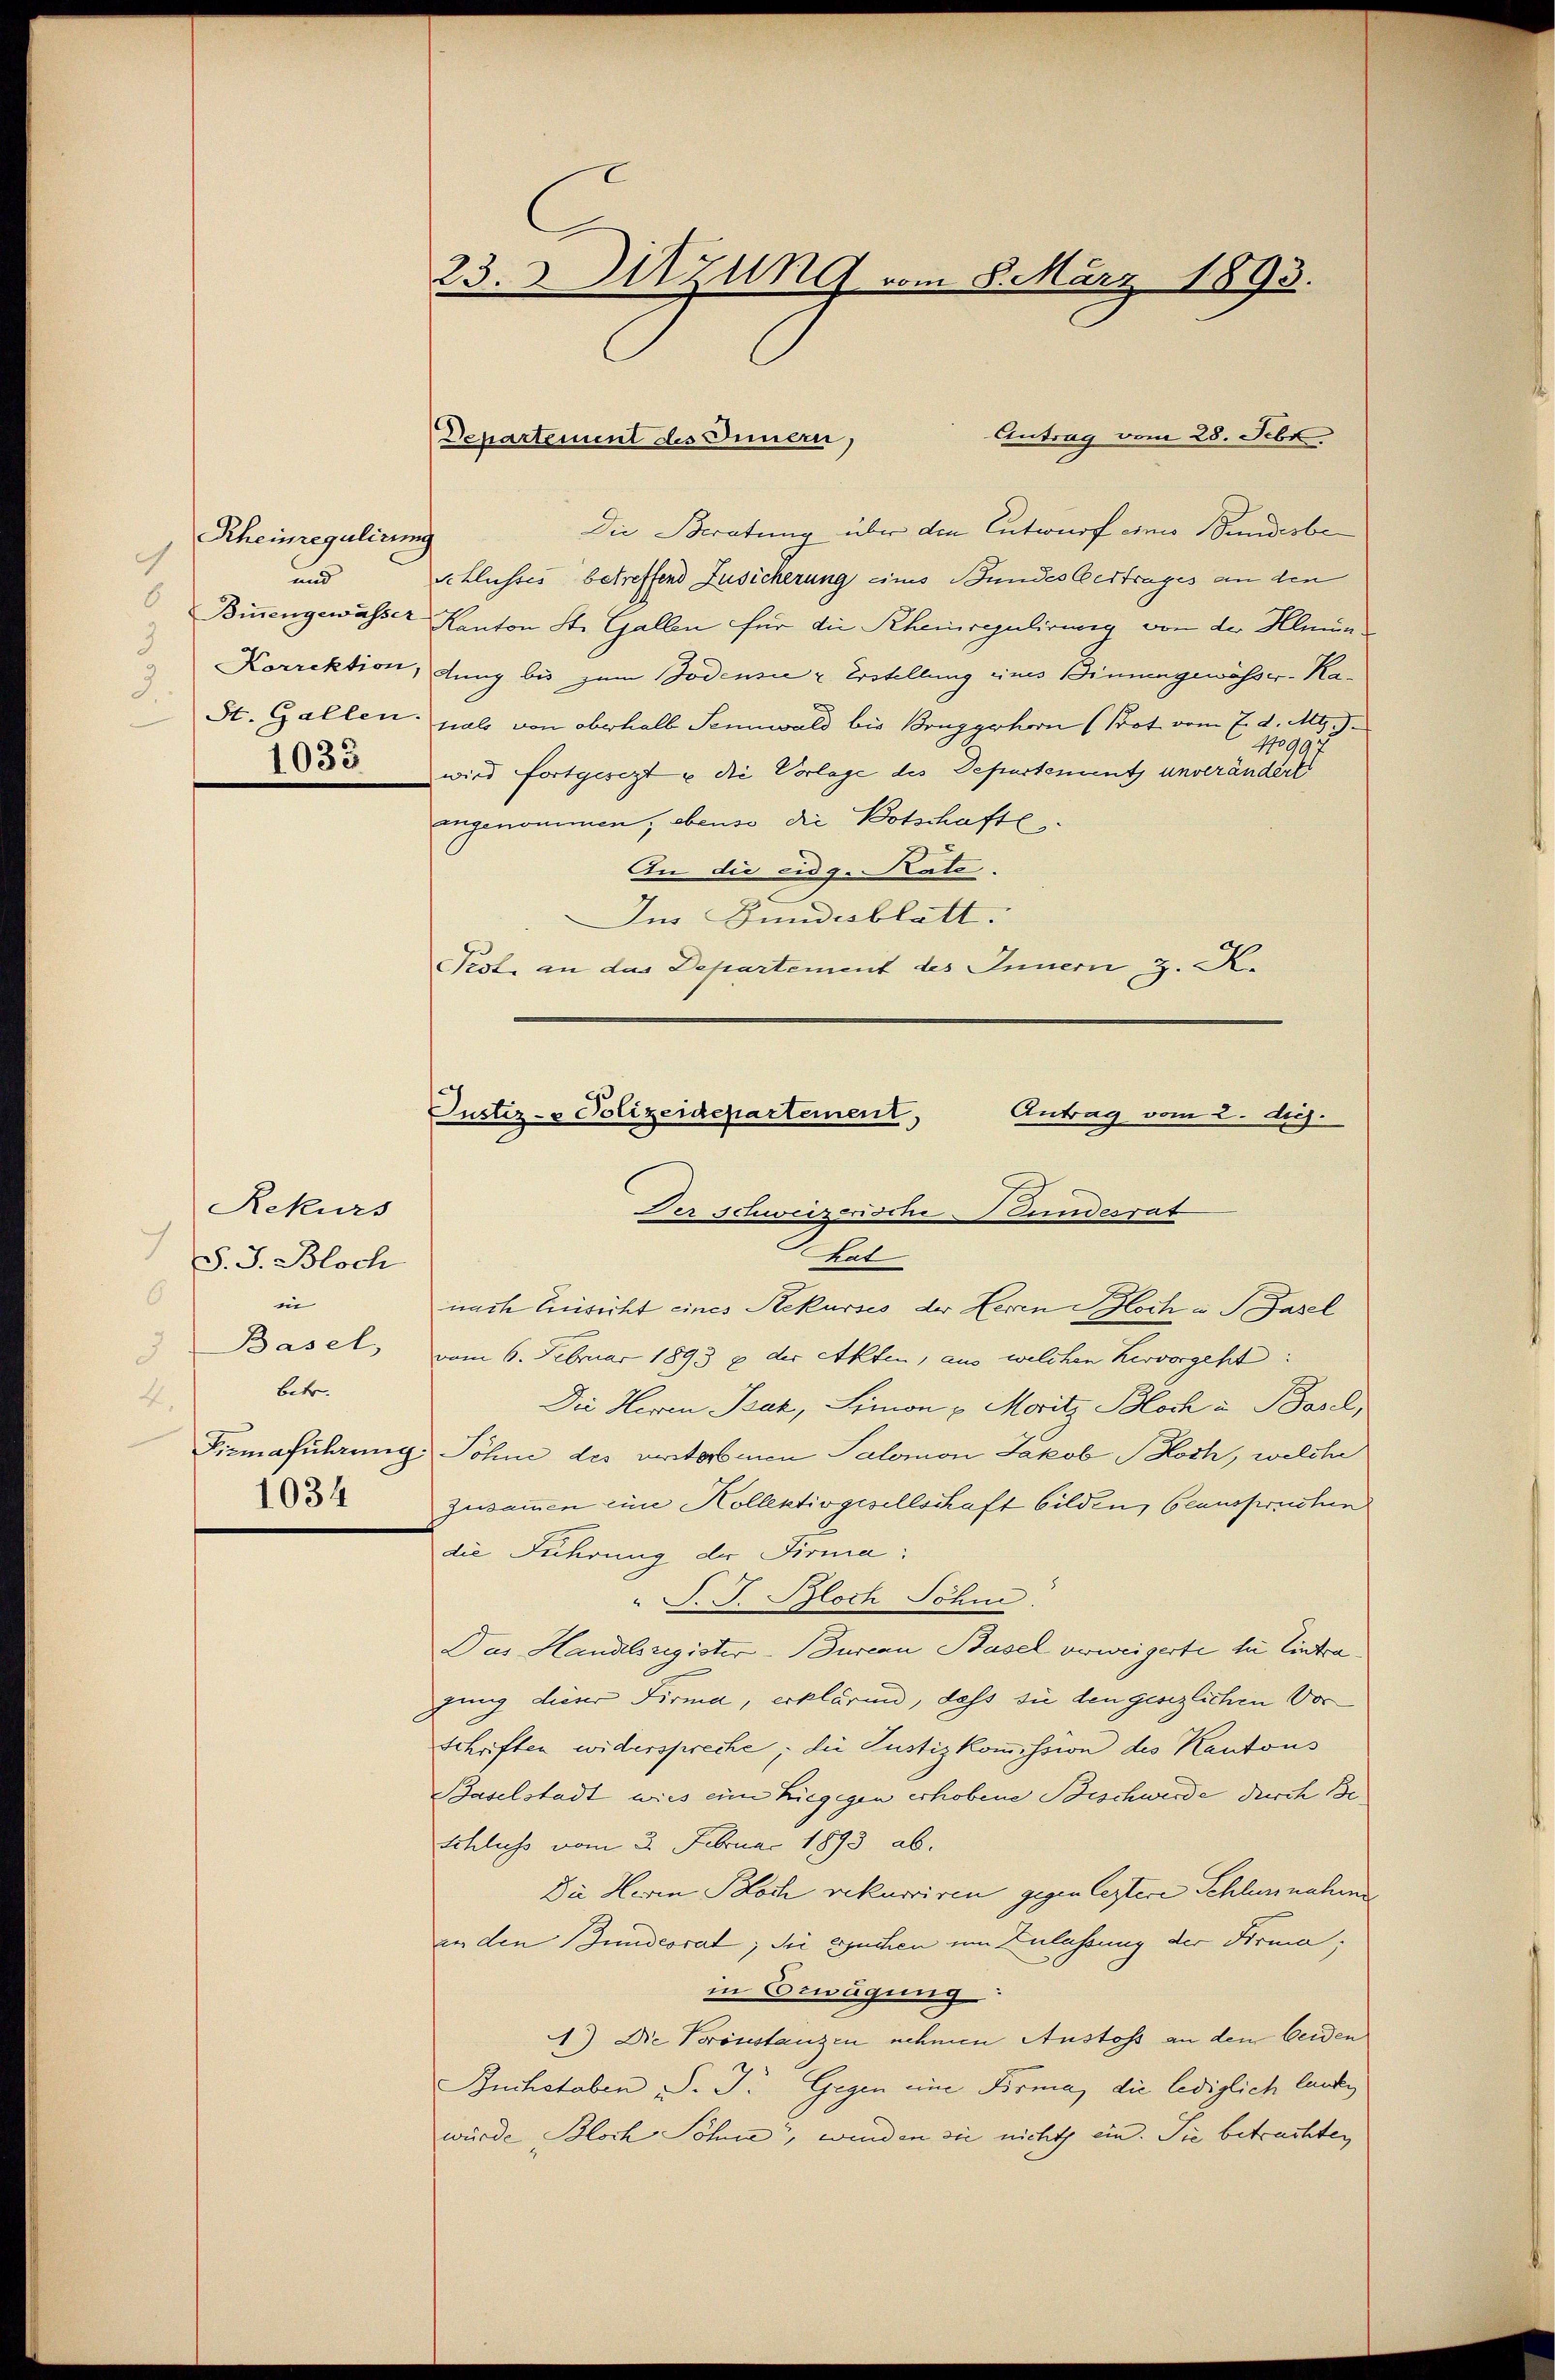
Rheinregulirung
.
und
1033

Rekurs
7
S. J. Bloch
6
in
Basel
Betr.
4.
1034

23. Sitzung vom 8. März 1893.

Antrag vom 28. Febr.
Die Beratung über den Entwurf eines Bunderbe
Schlusses betreffend Zusicherung eines Bundes Vertrages an den
Binnengewässer Kanton St. Gallen für die Rheinregulirung von der Hein¬
Korrektion, dung bis zum Bodensee u Erstellung eines Binnengewässer-Ka¬
St. Gallen, als von oberhalb Sennwald bis Bonzgrhorn (Prot vom 7. d. Ms.
110997
wird fortgesezt u die Vorlage des Departements unverändert
angenommen, ebenso die Botschaftl
An die eidg. Rate.
Im Bundesblatt.
Pest an das Departement des Innern z. K.

Departement des Innern,

Justiz- & Polizeidepartement,
Antrag vom 2. dich.
Der schweizerische Gundesrat
tet
nach Einsicht eines Rekurses der Herrn Bloch in Basel

vom 6. Februar 1893 g der Akten, aus welchen hervorgeht:
Die Herrn Szak, Limon u. Moritz Bloch u. Basel,
Licmaführung: Söhne des verstorbenen Salomon Jakob Soch, welche
Zusammen eine Kollektivgesellschaft bilden, beanspruchen
die Führung der Firma:
J. J. Bloch Sohn.
Das Handelsregister-Bureau Basel verweigerte die Eintragung dieser Firma, erklären, dass sie den gesezlichen Vor
schriften widerspreche; die Justizkommission des Kantons
Baselstadt wies eine Liegegen erhobene Beschwerde durch Be¬
Schluss vom 3. Februar 1893 ab.
Die Herrn Koch rekurriren gegen leztere Schlussnahme
in den Bundesrat; sie ersuchen um Zulassung der Firma,
in Erwägung:
1.) Die Veronstanzen nehmen Anstoss an den beiden
Buchstaben S. J. Gegen eine Boma, die lediglich laute
würde Bloch Söhne, wenden sie nicht ein. Sie betrachten